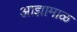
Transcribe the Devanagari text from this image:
आज्ञामाळ